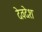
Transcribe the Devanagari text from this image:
देवदेश